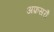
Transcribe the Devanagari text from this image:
अफ़सरौं